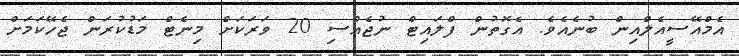
އެމްއޭސީއެލްއިން ބުނެއެވެ. އެގޮތުން ފްލައިޓް ނުޖެއްސި 20 ވަރަކަށް މިނެޓް މަޑުކުރަން ޖެހޭކަމަށް